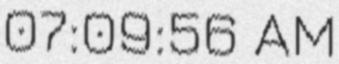
07:09:56 AM